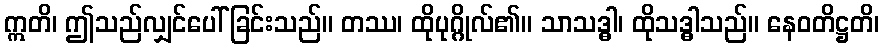
ဣတိ၊ ဤသည်လျှင်ပေါ်ခြင်းသည်။ တဿ၊ ထိုပုဂ္ဂိုလ်၏။ သာသဒ္ဓါ၊ ထိုသဒ္ဓါသည်။ နေဝတိဋ္ဌတိ၊